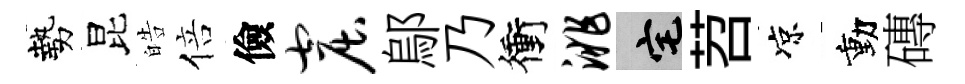
勢昆皓倍儉窟鄔乃衝洮宅苕凉動磚